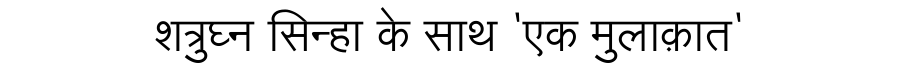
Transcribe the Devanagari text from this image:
शत्रुघ्न सिन्हा के साथ 'एक मुलाक़ात'